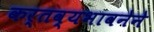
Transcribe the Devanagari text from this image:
कर्तव्यभावनेने